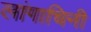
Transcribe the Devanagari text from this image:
लांगाचिनी